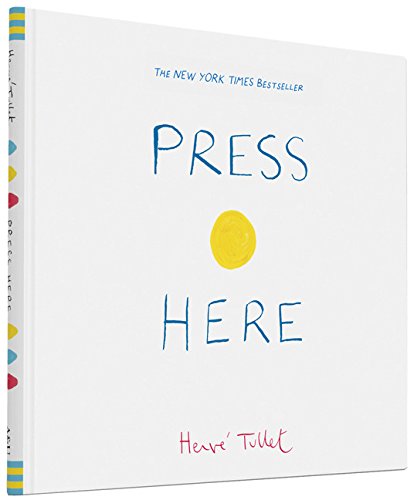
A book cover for Press Here; Herve Tullet; Children's Books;